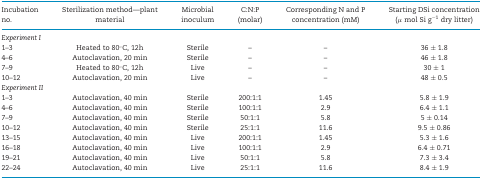
| Incubation | Sterilization method—plant | Microbial | C:N:P | Corresponding N and P | Starting DSi concentration |
 | no. | material | inoculum | (molar) | concentration (mM) | (μ mol Si g−1 dry litter) |
 | --- | --- | --- | --- | --- | --- |
 | <COLSPAN=6> Experiment I |
 | 1–3 | Heated to 80°C, 12h | Sterile | – | – | 36 ± 1.8 |
 | 4–6 | Autoclavation, 20 min | Sterile | – | – | 46 ± 1.8 |
 | 7–9 | Heated to 80°C, 12h | Live | – | – | 30 ± 1 |
 | 10–12 | Autoclavation, 20 min | Live | – | – | 48 ± 0.5 |
 | <COLSPAN=6> Experiment II |
 | 1–3 | Autoclavation, 40 min | Sterile | 200:1:1 | 1.45 | 5.8 ± 1.9 |
 | 4–6 | Autoclavation, 40 min | Sterile | 100:1:1 | 2.9 | 6.4 ± 1.1 |
 | 7–9 | Autoclavation, 40 min | Sterile | 50:1:1 | 5.8 | 5 ± 0.14 |
 | 10–12 | Autoclavation, 40 min | Sterile | 25:1:1 | 11.6 | 9.5 ± 0.86 |
 | 13–15 | Autoclavation, 40 min | Live | 200:1:1 | 1.45 | 5.3 ± 1.6 |
 | 16–18 | Autoclavation, 40 min | Live | 100:1:1 | 2.9 | 6.4 ± 0.71 |
 | 19–21 | Autoclavation, 40 min | Live | 50:1:1 | 5.8 | 7.3 ± 3.4 |
 | 22–24 | Autoclavation, 40 min | Live | 25:1:1 | 11.6 | 8.4 ± 1.9 |